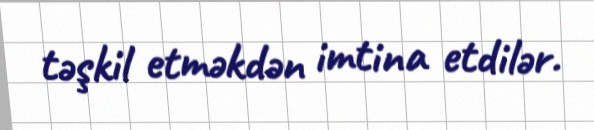
təşkil etməkdən imtina etdilər.